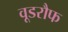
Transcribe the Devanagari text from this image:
वूडरौफ